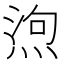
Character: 𭵆